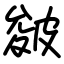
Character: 皴